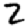
Digit: 2